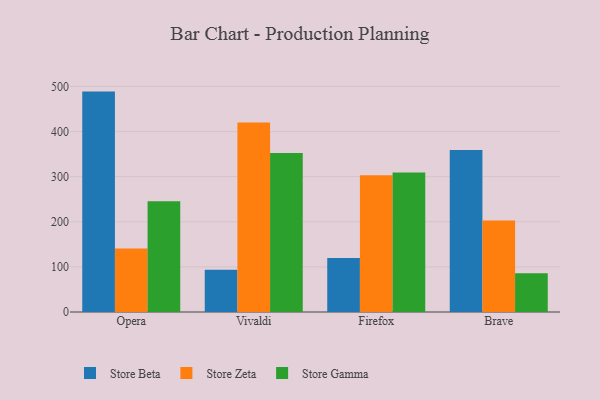
{"axis": {"x": "Browser", "y": "Market Share (%)"}, "legend": ["Store Beta", "Store Gamma", "Store Zeta"], "data": [{"x": "Opera", "y": 488.6, "type": "Store Beta"}, {"x": "Opera", "y": 140.8, "type": "Store Zeta"}, {"x": "Opera", "y": 245.5, "type": "Store Gamma"}, {"x": "Vivaldi", "y": 93.5, "type": "Store Beta"}, {"x": "Vivaldi", "y": 420.1, "type": "Store Zeta"}, {"x": "Vivaldi", "y": 352.7, "type": "Store Gamma"}, {"x": "Firefox", "y": 119.7, "type": "Store Beta"}, {"x": "Firefox", "y": 302.9, "type": "Store Zeta"}, {"x": "Firefox", "y": 309.2, "type": "Store Gamma"}, {"x": "Brave", "y": 359.3, "type": "Store Beta"}, {"x": "Brave", "y": 202.6, "type": "Store Zeta"}, {"x": "Brave", "y": 86.0, "type": "Store Gamma"}]}